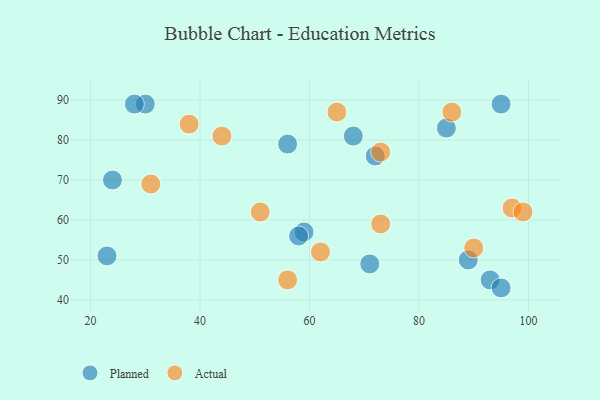
{"axis": {"x": "GDP", "y": "Life Expectancy"}, "legend": ["Actual", "Planned"], "data": [{"x": "59", "y": 57, "type": "Planned"}, {"x": "58", "y": 56, "type": "Planned"}, {"x": "23", "y": 51, "type": "Planned"}, {"x": "71", "y": 49, "type": "Planned"}, {"x": "85", "y": 83, "type": "Planned"}, {"x": "24", "y": 70, "type": "Planned"}, {"x": "93", "y": 45, "type": "Planned"}, {"x": "30", "y": 89, "type": "Planned"}, {"x": "56", "y": 79, "type": "Planned"}, {"x": "68", "y": 81, "type": "Planned"}, {"x": "28", "y": 89, "type": "Planned"}, {"x": "89", "y": 50, "type": "Planned"}, {"x": "95", "y": 43, "type": "Planned"}, {"x": "95", "y": 89, "type": "Planned"}, {"x": "72", "y": 76, "type": "Planned"}, {"x": "38", "y": 84, "type": "Actual"}, {"x": "86", "y": 87, "type": "Actual"}, {"x": "65", "y": 87, "type": "Actual"}, {"x": "62", "y": 52, "type": "Actual"}, {"x": "90", "y": 53, "type": "Actual"}, {"x": "56", "y": 45, "type": "Actual"}, {"x": "73", "y": 59, "type": "Actual"}, {"x": "31", "y": 69, "type": "Actual"}, {"x": "73", "y": 77, "type": "Actual"}, {"x": "44", "y": 81, "type": "Actual"}, {"x": "97", "y": 63, "type": "Actual"}, {"x": "99", "y": 62, "type": "Actual"}, {"x": "51", "y": 62, "type": "Actual"}]}